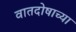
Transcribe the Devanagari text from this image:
वातदोषाच्या